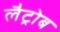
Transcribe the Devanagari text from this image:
लैट्रोब